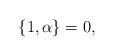
LaTeX: \begin{align*}\{1,\alpha \}=0 ,\end{align*}